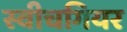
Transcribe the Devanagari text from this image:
स्वीचगियर